Report on vaccination in Madras 1922-1929 - 1922-1929
Year: 1922
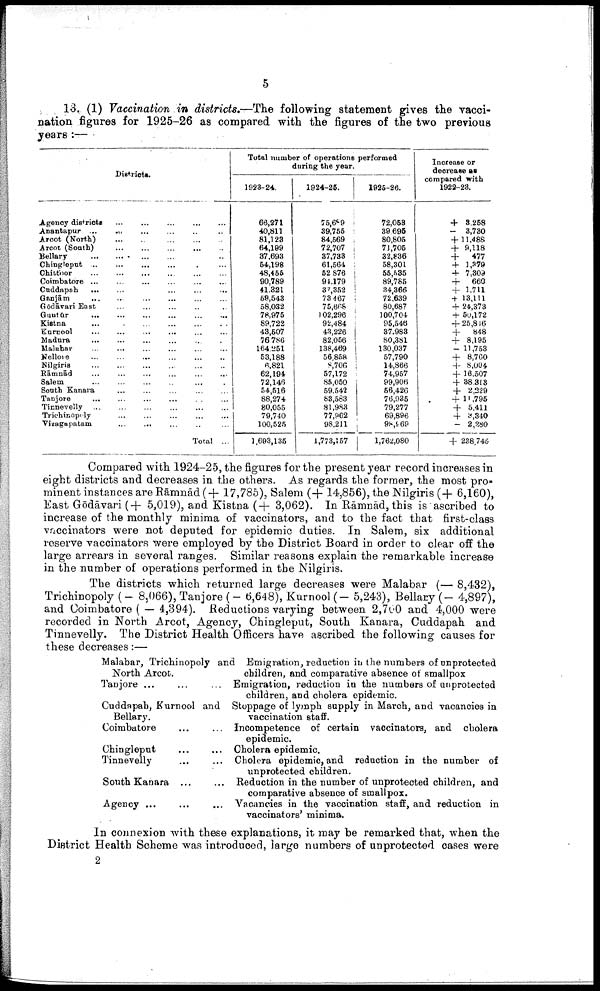
5
13. (1) Vaccination in districts.—The following statement gives the vacci
nation figures for 1925-26 as compared with the figures of the two previous
years:—
Districts.
Agency districts
...
...
...
...
...
Anantapur ...
...
...
...
...
...
Arcot (North)
...
...
...
...
...
Arcot (South)
...
...
...
...
...
Bellary ... ... ... ... ... ...
Chingleput ... ... ... ... ... ...
Chittoor
...
...
...
...
...
...
Coimbatore
...
...
...
...
...
...
Cuddapah ... ... ... ... ... ...
Ganjām ... ... ... ... ... ...
Gōdāvari East ... ... ... ... ...
Guntūr
...
...
...
...
...
...
Kistna
...
...
...
...
...
...
Kurnool ... ... ... ... ... ...
Madura ... ... ... ... ... ...
Malabar
...
...
...
...
...
...
Nellore
...
...
...
...
...
...
Nilgiris ... ... ... ... ... ...
Rāmnād ... ... ... ... ... ...
Salem ... ... ... ... ... ...
South Kanara ... ... ... ... ...
Tanjore
...
...
...
...
...
...
Tinnevelly ... ... ... ... ... ...
Trichinopoly ... ... ... ... ...
Vizagapatam ... ... ... ... ...
Total ...
Total number of operations performed
during the year.
1923-24.
66,271
40,811
81,123
64,199
37,693
54,198
48,455
90,789
41,321
59,543
58,032
78,975
89,722
43,507
76,786
164,251
53,188
6,821
62,194
72,146
54,516
88,274
80,055
79,740
100,525
1,693,135
1924-25.
75,689
39,755
84,569
72,707
37,733
61,564
52,876
94,179
37,352
73,467
75,668
102,296
92,484
43,226
82,056
138,469
56,858
8,706
57,172
85,050
59,542
83,583
81,983
77,962
98,211
1,773,157
1925-26.
72,053
39,695
80,805
71,705
32,836
58,301
55,535
89,785
34,366
72,639
80,687
100,704
95,546
37,983
80,381
130,037
57,790
14,866
74,957
99,906
56,426
76,935
79,277
69,896
98,969
1,762,080
Increase or
decrease as
compared with
1922-23.
+ 3,258
-
3,730
+ 11,488
+ 9,118
+
477
+ 1,379
+ 7,309
+
660
+ 1,711
+ 13,111
+ 24,373
+ 50,172
+ 25,846
+
848
+ 8,195
- 11,753
+ 8,760
+ 8,004
+ 16,507
+38,313
+ 2,229
+ 11,795
+ 5,411
+ 3,340
- 2,280
+ 238,745
Compared with 1924-25, the figures for the present year record increases in
eight districts and decreases in the others. As regards the former, the most pro
minent instances are Rāmnād ( + 17,785), Salem (+ 14,856), the Nilgiris (+ 6,160),
East Gōdāvari ( + 5,019), and Kistna (+ 3,062). In Rāmnād, this is ascribed to
increase of the monthly minima of vaccinators, and to the fact that first-class
vaccinators were not deputed for epidemic duties. In Salem, six additional
reserve vaccinators were employed by the District Board in order to clear off the
large arrears in several ranges. Similar reasons explain the remarkable increase
in the number of operations performed in the Nilgiris.
The districts which returned large decreases were Malabar (— 8,432),
Trichinopoly (- 8,066), Tanjore (- 6,648), Kurnool (- 5,243), Bellary (- 4,897),
and Coimbatore ( — 4,394). Reductions varying between 2,700 and 4,000 were
recorded in North Arcot, Agency, Chingleput, South Kanara, Cuddapah and
Tinnevelly. The District Health Officers have ascribed the following causes for
these decreases:—
Malabar, Trichinopoly and
North Arcot.
Tanjore ... ... ...
Cuddapah, Kurnool and
Bellary.
Coimbatore ... ...
Chingleput ... ...
Tinnevelly ... ...
South Kanara ... ...
Agency
...
...
...
Emigration, reduction in the numbers of unprotected
children, and comparative absence of smallpox
Emigration, reduction in the numbers of unprotected
children, and cholera epidemic.
Stoppage of lymph supply in March, and vacancies in
vaccination staff.
Incompetence of certain vaccinators, and cholera
epidemic.
Cholera epidemic.
Cholera epidemic, and reduction in the number of
unprotected children.
Reduction in the number of unprotected children, and
comparative absence of smallpox.
Vacancies in the vaccination staff, and reduction in
vaccinators' minima.
In connexion with these explanations, it may be remarked that, when the
District Health Scheme was introduced, large numbers of unprotected cases were
2